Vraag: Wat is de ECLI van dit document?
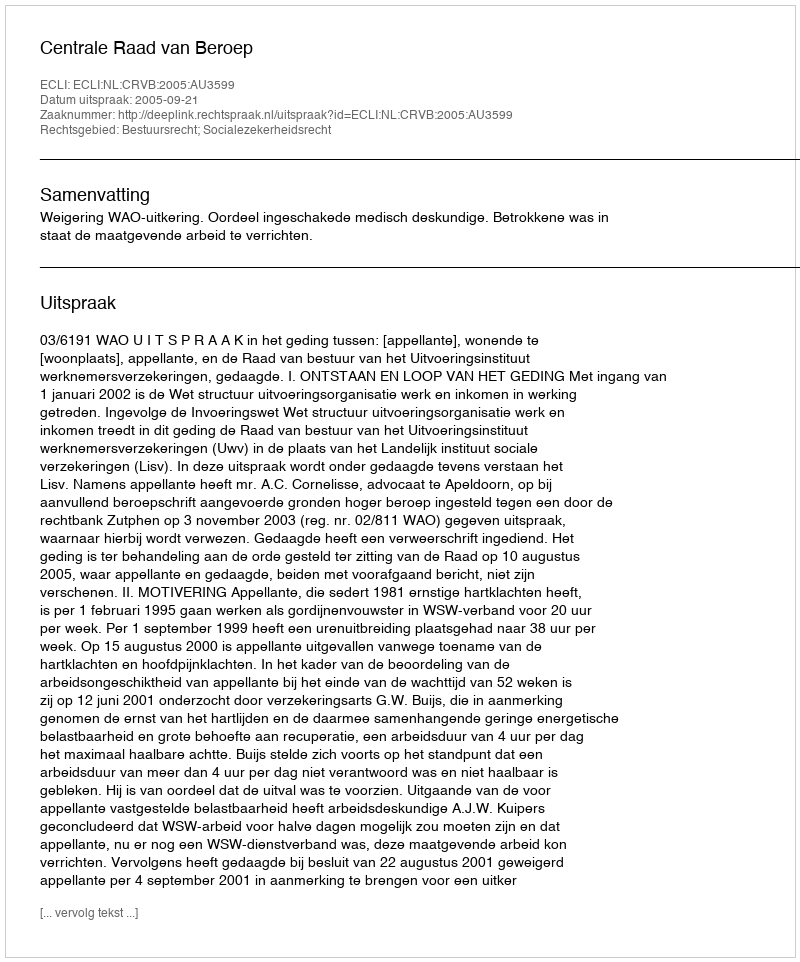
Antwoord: ECLI:NL:CRVB:2005:AU3599